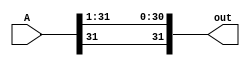
module rightshift_1(A, out);
    input [31:0] A;
    output [31:0] out;

    assign out[30:0] = A[31:1];
    assign out[31] = A[31];        
    
endmodule